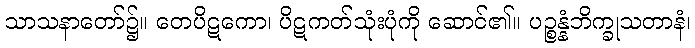
သာသနာတော်၌။ တေပိဋကော၊ ပိဋကတ်သုံးပုံကို ဆောင်၏။ ပဉ္စန္နံဘိက္ခုသတာနံ၊